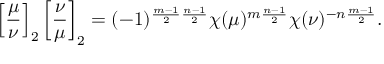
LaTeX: \left[ { \frac { \mu } { \nu } } \right] _ { 2 } \left[ { \frac { \nu } { \mu } } \right] _ { 2 } = ( - 1 ) ^ { { \frac { m - 1 } { 2 } } { \frac { n - 1 } { 2 } } } \chi ( \mu ) ^ { m { \frac { n - 1 } { 2 } } } \chi ( \nu ) ^ { - n { \frac { m - 1 } { 2 } } } .